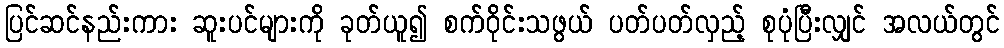
ပြင်ဆင်နည်းကား ဆူးပင်များကို ခုတ်ယူ၍ စက်ဝိုင်းသဖွယ် ပတ်ပတ်လှည့် စုပုံပြီးလျှင် အလယ်တွင်